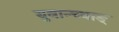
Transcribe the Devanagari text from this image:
युवान्च्वाङ्